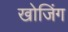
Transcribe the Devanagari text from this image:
खोजिंग